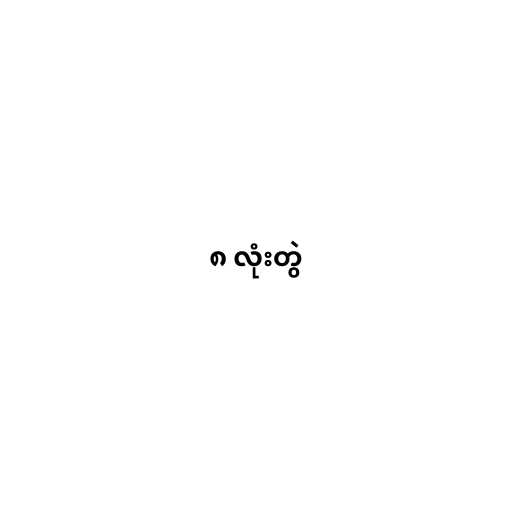
၈ လုံးတွဲ